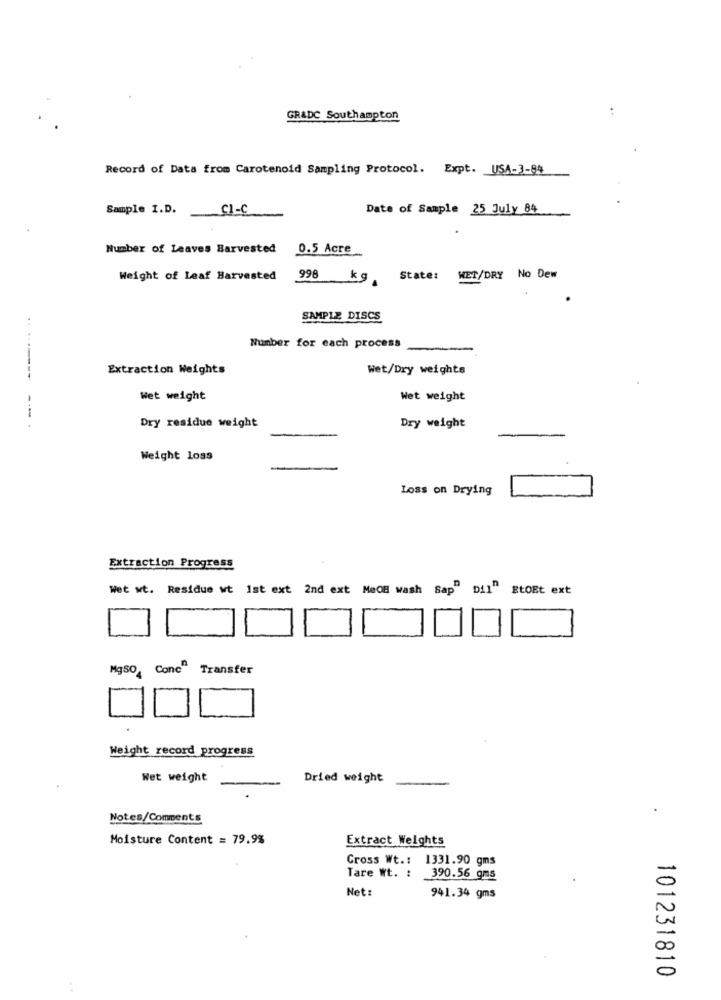
GR&DC Southampton
Record of Data from Carotenold Sampling Protocol. Expt. USA-3-84
Sample I.D.
CI-C
Date of Sample 25 July 84
Number of Leaves Barvested
0.5 Acre
Weight of Leaf Barvested
998 kg State: WET/DRY No Dew
SAMPLE DISCS
.....
Number for each process
Extraction Weights
Wet/Dry weights
Wet weight
Wet weight
---
Dry residue weight
Dry weight
Weight loss
Loss on Drying
Extraction Progress
Wet wt. Residue wt Ist ext 2nd ext MeOB wash Sap" Dil" EtOEt ext
MgSO, Conc Transfer
Weight record progress
Wet weight
Dried weight
Notes/Comments
Moisture Content = 79.9%
Extract Weights
Cross Wt .: 1331.90 gms
Tare Wt. : 390.56 gms
Net:
941.34 gms
101231810